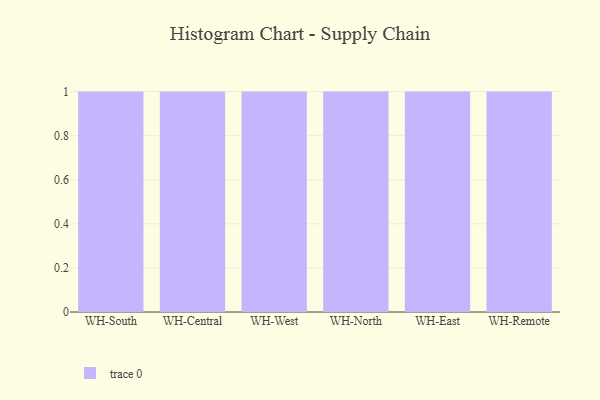
{"axis": {"x": "Warehouse", "y": "Temperature (°C)"}, "legend": [""], "data": [{"x": "WH-South", "y": 46, "type": ""}, {"x": "WH-Central", "y": 10, "type": ""}, {"x": "WH-West", "y": 43, "type": ""}, {"x": "WH-North", "y": 39, "type": ""}, {"x": "WH-East", "y": 81, "type": ""}, {"x": "WH-Remote", "y": 25, "type": ""}]}